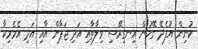
ކުނިން އުފެދޭ ގޭހުން އިނގިރޭސި ވިލާތާއި އަދި ޖަޕާން އާއި އަދި އެމެރިކާ